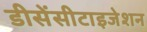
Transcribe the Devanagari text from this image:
डीसेंसीटाइजेशन